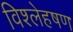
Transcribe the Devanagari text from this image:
विश्लेहषण